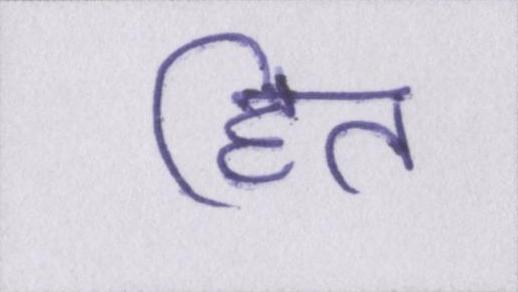
हित